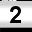
Digit: 2